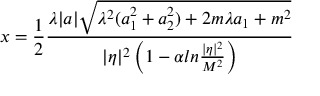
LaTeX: x = \frac { 1 } { 2 } \frac { \lambda | a | \sqrt { \lambda ^ { 2 } ( a _ { 1 } ^ { 2 } + a _ { 2 } ^ { 2 } ) + 2 m { \lambda } a _ { 1 } + m ^ { 2 } } } { | \eta | ^ { 2 } \left( 1 - \alpha { l n } \frac { | \eta | ^ { 2 } } { M ^ { 2 } } \right) }